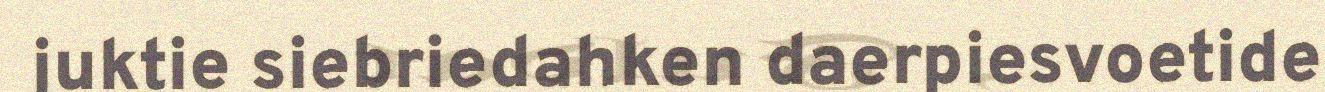
juktie siebriedahken daerpiesvoetide